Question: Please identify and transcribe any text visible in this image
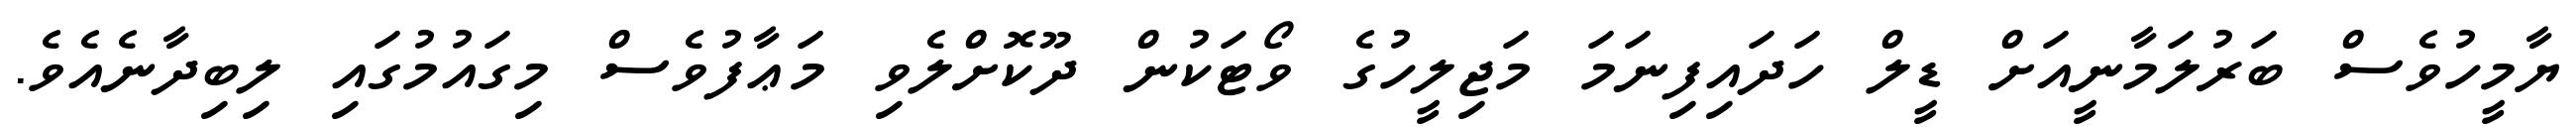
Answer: ޔާމީހުވެސް ބަރުލަމާނީއަށް ޑީލް ހަދައިފިނަމަ މަޖިލީހުގެ ވޯޓަކުން ދޫކޮށްލެވި މަޢާފުވެސް މިގައުމުގައި ލިބިދާނެއެވެ.